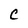
Character: C